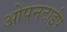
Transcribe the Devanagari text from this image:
ओपनटाईप